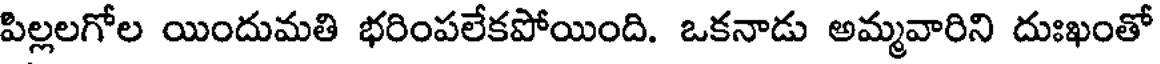
పిల్లలగోల యిందుమతి భరింపలేకపోయింది. ఒకనాడు అమ్మవారిని దుఃఖంతో